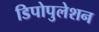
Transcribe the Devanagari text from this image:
डिपोपुलेशन